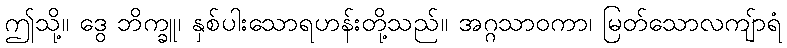
ဤသို့။ ဒွေ ဘိက္ခူ၊ နှစ်ပါးသောရဟန်းတို့သည်။ အဂ္ဂသာဝကာ၊ မြတ်သောလကျ်ာရံ